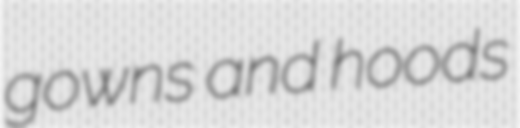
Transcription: gowns and hoods